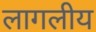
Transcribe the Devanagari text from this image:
लागलीय